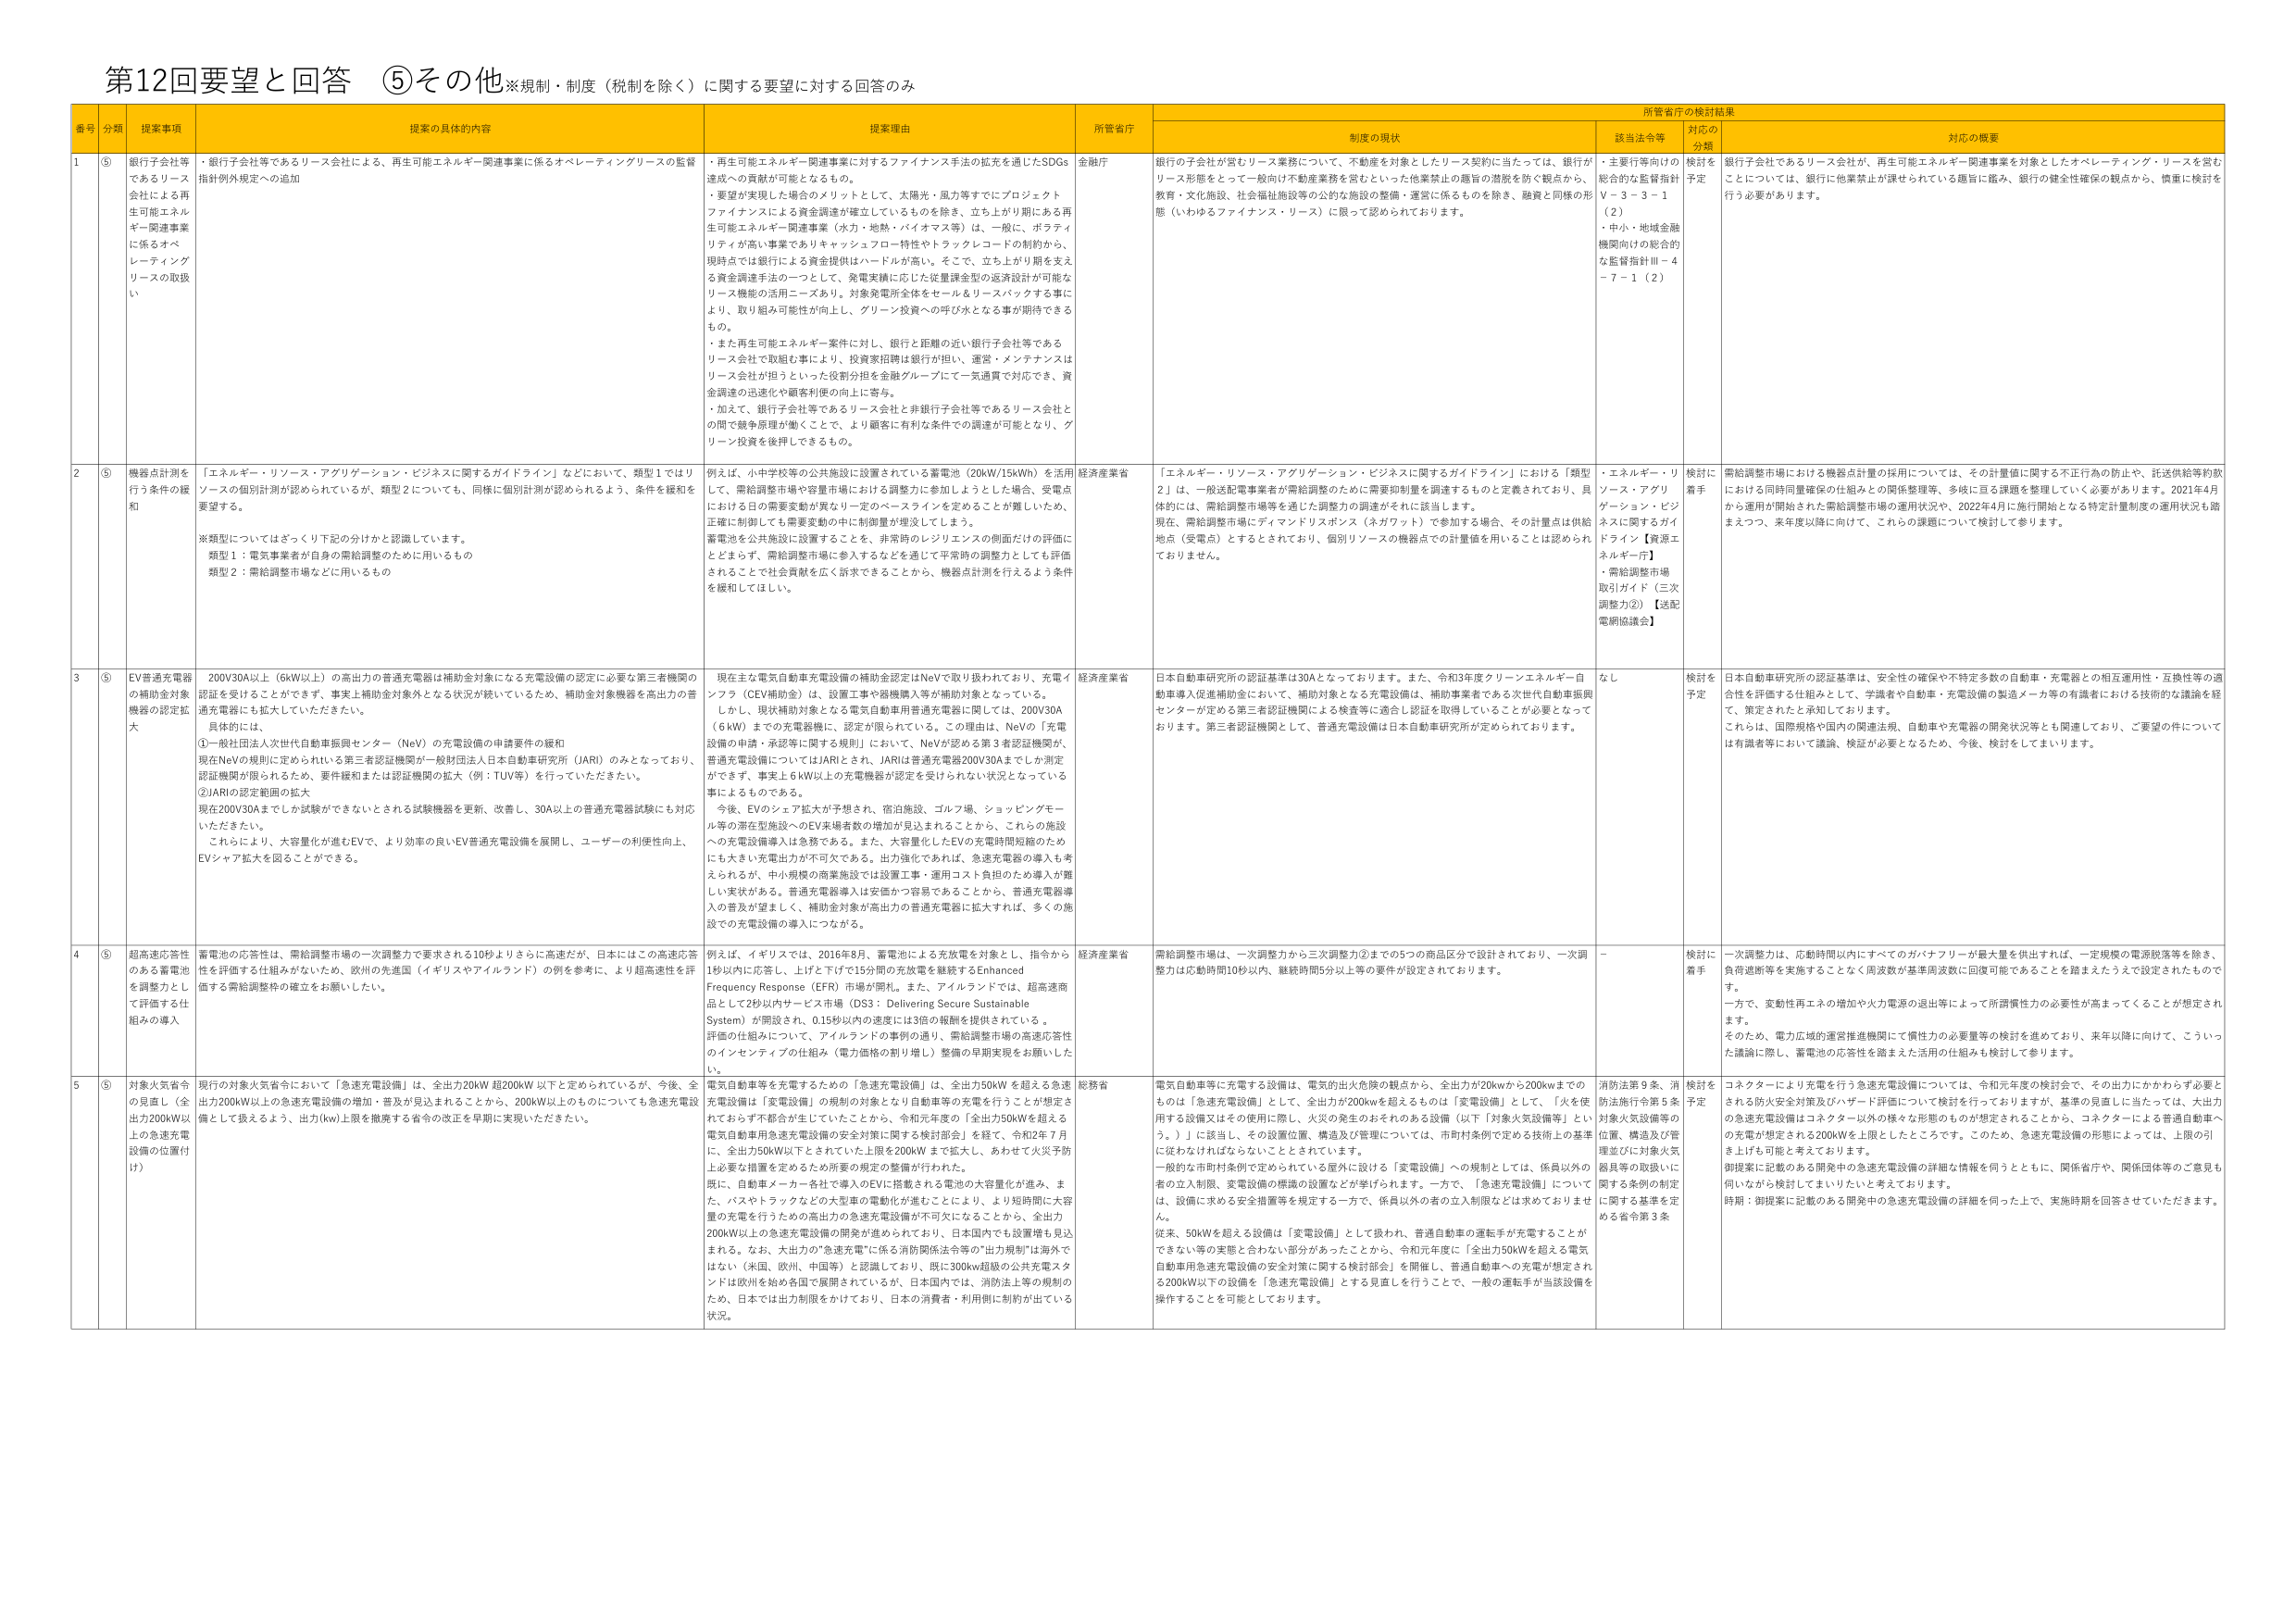
第12回要望と回答 ⑤その他※規制・制度（税制を除く）に関する要望に対する回答のみ

番号 分類 提案事項 提案の具体的内容 提案理由 所管省庁 所管省庁の検討結果
制度の現状 該当法令等 対応の分類 対応の概要

1 ⑤ 銀行子会社等であるリース会社による再生可能エネルギー関連事業に係るオペレーティングリースの取扱い ・銀行子会社等であるリース会社による、再生可能エネルギー関連事業に係るオペレーティングリースの監督指針例外規定への追加 ・再生可能エネルギー関連事業に対するファイナンス手法の拡充を通じたSDGs達成への貢献が可能となるもの。 ・要望が実現した場合のメリットとして、太陽光・風力等すでにプロジェクトファイナンスによる資金調達が確立しているものを除き、立ち上がり期にある再生可能エネルギー関連事業（水力・地熱・バイオマス等）は、一般に、ボラティリティが高い事業でありキャッシュフロー特性やトラックレコードの制約から、現時点では銀行による資金提供はハードルが高い。そこで、立ち上がり期を支える資金調達手法の一つとして、発電実績に応じた従量課金型の返済設計が可能なリース機能の活用ニーズあり。対象発電所全体をセール＆リースバックする事により、取り組み可能性が向上し、グリーン投資への呼び水となる事が期待できるもの。 ・また再生可能エネルギー案件に対し、銀行と距離の近い銀行子会社等であるリース会社で取組む事により、投資家招聘は銀行が担い、運営・メンテナンスはリース会社が担うといった役割分担を金融グループにて一気通貫で対応でき、資金調達の迅速化や顧客利便の向上に寄与。 ・加えて、銀行子会社等であるリース会社と非銀行子会社等であるリース会社との間で競争原理が働くことで、より顧客に有利な条件での調達が可能となり、グリーン投資を後押しできるもの。 金融庁 銀行の子会社が営むリース業務について、不動産を対象としたリース契約に当たっては、銀行がリース形態をとって一般向け不動産業務を営むといった他業禁止の趣旨の措置を除く観点から、教育・文化施設、社会福祉施設等の公的な施設の整備・運営に係るものを除き、融資と同様の形態（いわゆるファイナンス・リース）に限って認められております。 ・主要行等向けの総合的な監督指針Ⅴ－３－３－１（２） ・中小・地域金融機関向けの総合的な監督指針Ⅲ－４－７－１（２） 検討を予定 銀行子会社であるリース会社が、再生可能エネルギー関連事業を対象としたオペレーティング・リースを営むことについては、銀行に他業禁止が課せられている趣旨に鑑み、銀行の健全性確保の観点から、慎重に検討を行う必要があります。

2 ⑤ 機器点計測を行う条件の緩和 「エネルギー・リソース・アグリゲーション・ビジネスに関するガイドライン」などにおいて、類型１ではリソースの個別計測が認められているが、類型２についても、同様に個別計測が認められるよう、条件を緩和を要望する。 ※類型についてはざっくり下記の分けかと認識しています。 類型１：電気事業者が自身の需給調整のために用いるもの 類型２：需給調整市場などに用いるもの 例えば、小中学校等の公共施設に設置されている蓄電池（20kW/15kWh）を活用して、需給調整市場や容量市場における調整力に参加しようとした場合、受電点における日の需要変動が異なり一定のベースラインを定めることが難しいため、正確に制御して入需要変動の中に制御量が埋没してしまう。 蓄電池を公共施設に設置することを、非営利のレジリエンスの側面だけの評価にとどまらず、需給調整市場に参入するなどを通じて平常時の調整力としても評価されることで社会貢献を広く訴求できることから、機器点計測を行うよう条件を緩和してほしい。 経済産業省 「エネルギー・リソース・アグリゲーション・ビジネスに関するガイドライン」における「類型２」は、一般送配電事業者が需給調整のために需要抑制量を調達するものと定義されており、具体的には、需給調整市場等を通じた調整力の調達がそれに該当します。 現在、需給調整市場にディマンドリソース（ネガワット）で参加する場合、その計量点は供給地点（受電点）とするとされており、個別リソースの機器点での計量値を用いることは認められておりません。 ・エネルギー・リソース・アグリゲーション・ビジネスに関するガイドライン【資源エネルギー庁】 ・需給調整市場取引ガイド（三次調整力②）【送配電網協議会】 検討に着手 需給調整市場における機器点計測の採用については、その計量値に関する不正行為の防止や、託送供給等約款における同時同量確保の仕組みとの関係整理等、多岐に亘る課題を整理していく必要があります。2021年4月から運用が開始された需給調整市場の運用状況や、2022年4月に施行開始となる特定計量制度の運用状況も踏まえつつ、来年度以降に向けて、これらの課題について検討して参ります。

3 ⑤ EV普通充電器の補助金対象機器の認定拡大 200V30A以上（6kW以上）の高出力の普通充電器は補助金対象になる充電設備の認定に必要な第三者機関の認証を受けることができず、事実上補助金対象外となる状況が続いているため、補助金対象機器を高出力の普通充電器にも拡大していただきたい。 具体的には、 ①一般社団法人次世代自動車振興センター（NeV）の充電設備の申請要件の緩和 現在NeVの規則に定められている第三者認証機関が一般財団法人日本自動車研究所（JARI）のみとなっており、認証機関が限られるため、要件緩和または認証機関の拡大（例：TUV等）を行っていただきたい。 ②JARIの認定範囲の拡大 現在200V30Aまでしか試験ができないとされる試験機器を更新、改善し、30A以上の普通充電器試験にも対応いただきたい。 これにより、大容量化が進むEVで、より効率の良いEV普通充電設備を展開し、ユーザーの利便性向上、EVシェア拡大を図ることができる。 現在主な電気自動車充電設備の補助金認定はNeVで取り扱われており、充電インフラ（CEV補助金）は、設置工事や機器購入等が補助対象となっている。 しかし、現状補助対象となる電気自動車用普通充電器に関しては、200V30A（6kW）までの充電器機に、認定が限られている。この理由は、NeVの「充電設備の申請・承認等に関する規則」において、NeVが認める第3者認証機関が、普通充電設備についてはJARIとされ、JARIは普通充電器200V30Aまでしか測定ができず、事実上6kW以上の充電機器が認定を受けられない状況となっている事によるものである。 今後、EVのシェア拡大が予想され、宿泊施設、ゴルフ場、ショッピングモール等の滞在型施設へのEV来場者数の増加が見込まれることから、これらの施設への充電設備導入は急務である。また、大容量化したEVの充電時間短縮のためにも大きい充電出力が不可欠である。出力強化であれば、急速充電器の導入も考えられるが、中小規模の商業施設では設置工事・運用コスト負担のため導入が難しい実状がある。普通充電器導入は安価かつ容易であることから、普通充電器導入の普及が望ましく、補助金対象が高出力の普通充電器に拡大すれば、多くの施設での充電設備の導入につながる。 経済産業省 日本自動車研究所の認証基準は30Aとなっております。また、令和3年度グリーンエネルギー自動車導入促進補助金において、補助対象となる充電設備は、補助事業者である次世代自動車振興センターが定める第三者認証機関による検査等に適合し認証を取得していることが必要となっております。第三者認証機関として、普通充電設備は日本自動車研究所が定められております。 なし 検討を予定 日本自動車研究所の認証基準は、安全性の確保や不特定多数の自動車・充電器との相互運用性・互換性等の適合性を評価する仕組みとして、学識者や自動車・充電設備の製造メーカー等の有識者における技術的な議論を経て、策定されたと承知しております。 これらは、国際規格や国内の関連法規、自動車や充電器の開発状況等とも関連しており、ご要望の件については有識者等において議論、検証が必要となるため、今後、検討をして参ります。

4 ⑤ 超高速応答性のある蓄電池を調整力として評価する仕組みの導入 蓄電池の応答性は、需給調整市場の一次調整力で要求される10秒よりさらに高速だが、日本にはこの高速応答性を評価する仕組みがないため、欧州の先進国（イギリスやアイルランド）の例を参考に、より超高応答性を評価する需給調整枠の確立をお願いしたい。 例えば、イギリスでは、2016年8月、蓄電池による充放電を対象とし、指令から1秒以内に応答し、上げ下げで15分間の充放電を継続するEnhanced Frequency Response（EFR）市場が開札。また、アイルランドでは、超高速商品として2秒以内サービス市場（DS3：Delivering Secure Sustainable System）が開設され、0.15秒以内の速度には3倍の報酬を提供されている。 評価の仕組みについて、アイルランドの事例の通り、需給調整市場の高速応答性のインセンティブの仕組み（電力価格の割り増し）整備の早期実現をお願いしたい。 経済産業省 需給調整市場は、一次調整力から三次調整力②までの5つの商品区分で設計されており、一次調整力は応動時間10秒以内、継続時間5分以上の要件が設定されております。 － 検討に着手 一次調整力は、応動時間以内にすべてのガバナフリーが最大量を供出すれば、一定規模の電源脱落等を除き、負荷遮断等を実施することなく周波数が基準周波数に回復可能であることを踏まえたうえで設定されたもので す。 一方で、変動性再エネの増加や火力電源の退出等によって所渭慣性力の必要性が高まってくることが想定されます。 そのため、電力広域的運営推進機関にて慣性力の必要量等の検討を進めており、来年以降に向けて、こういった議論に際し、蓄電池の応答性を踏まえた活用の仕組みも検討して参ります。

5 ⑤ 対象火気省令の見直し（全出力200kW以上の急速充電設備の位置付け） 現行の対象火気省令において「急速充電設備」は、全出力20kW超200kW以下と定められているが、今後、全出力200kW以上の急速充電設備の増加・普及が見込まれることから、200kW以上のものについても急速充電設備として扱えるよう、出力(kw)上限を撤廃する省令の改正を早期に実現いただきたい。 電気自動車等を充電するための「急速充電設備」は、全出力50kWを超える急速充電設備は「変電設備」の規制の対象となり自動車等の充電を行うことが想定されておらず不都合が生じていたことから、令和元年度の「全出力50kWを超える電気自動車用急速充電設備の安全対策に関する検討部会」を経て、令和2年7月に、全出力50kW以下とされていた上限を200kWまで拡大し、あわせて火災予防上必要な措置を定めるため所要の規定の整備が行われた。 既に、自動車メーカー各社で導入のEVに搭載される電池の大容量化が進み、また、バストトラックなどの大型車の電動化が進むことにより、より短時間に大容量の充電を行うための高出力の急速充電設備が不可欠になることから、全出力200kW以上の急速充電設備の開発が進められており、日本国内でも設置増も見込まれる。なお、大出力の“急速充電”に係る消防関係法令等の“出力規制”は海外ではなく（米国、欧州、中国等）と認識しており、既に300kW超級の公共充電スタンドは欧州を始め各国で展開されているが、日本国内では、消防法上等の規制のため、日本では出力制限をかけており、日本の消費者・利用に制約が出ている状況。 総務省 電気自動車等に充電する設備は、電気の出火危険の観点から、全出力が20kwから200kwまでのものは「急速充電設備」として、全出力が200kwを超えるものは「変電設備」として、「火を使用する設備又はその使用に際し、火災の発生のおそれのある設備（以下「対象火気設備等」という。）」に該当し、その設置位置、構造及び管理については、市町村条例で定める技術上の基準に従わなければならないこととされています。 一般的な市町村条例で定められている屋外に設ける「変電設備」への規制としては、係員以外の者の立入制限、変電設備の構築の設置などが挙げられます。一方で、「急速充電設備」については、設備に求める安全措置等を規定する一方で、係員以外の者の立入制限などは求めておりません。 従来、50kWを超える設備は「変電設備」として扱われ、普通自動車の運転手が充電することができない等の実態と合わない部分があったことから、令和元年度に「全出力50kWを超える電気自動車用急速充電設備の安全対策に関する検討部会」を開催し、普通自動車への充電が想定される200kW以下の設備を「急速充電設備」とする見直しを行うことで、一般の運転手が当該設備を操作することを可能としております。 消防法第9条、消防法施行令第5条 対象火気設備等の位置、構造及び管理並びに対象火気器具等の取扱いに関する条例の制定に関する基準を定める省令第3条 検討を予定 コネクターにより充電を行う急速充電設備については、令和元年度の検討会で、その出力にかかわらず必要とされる防火安全対策及びハザード評価について検討を行っておりますが、基準の見直しに当たっては、大出力の急速充電設備はコネクター以外の様々な形態のものが想定されることから、コネクターによる普通自動車への充電が想定される200kWを上限としたところです。このため、急速充電設備の形態によっては、上限の引き上げも可能と考えております。 御提案に記載のある開発中の急速充電設備の詳細な情報を伺うとともに、関係省庁や、関係団体等のご意見も伺いながら検討してまいりたいと考えております。 時期：御提案に記載のある開発中の急速充電設備の詳細を伺った上で、実施時期を回答させていただきます。